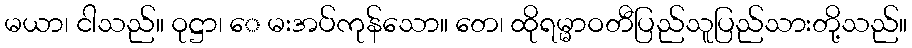
မယာ၊ ငါသည်။ ဝုဋ္ဌာ၊ ေ မးအပ်ကုန်သော။ တေ၊ ထိုရမ္မာဝတီပြည်သူပြည်သားတို့သည်။